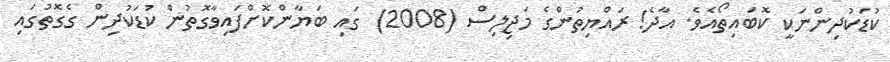
ކުޑަކުދިންނަކީ ކޮބައިތޯއެވެ. އާދެ! ރައްޔިތުންގެ މަޖިލިސް (2008) ގައި ބަޔާންކޮށްފައިވާގޮތުން ކުޑަކުދިން ގެގޮތުގައި